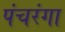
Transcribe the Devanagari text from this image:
पंचरंगा